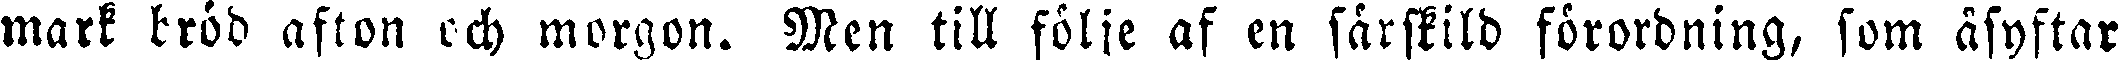
mark bröd afton och morgon. Men till följe af en särskild förordning, som åsyftar